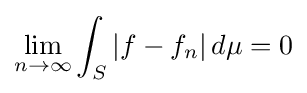
\lim _{n\to \infty }\int _{S}|f-f_{n}|\,d\mu =0